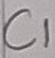
Text: C1